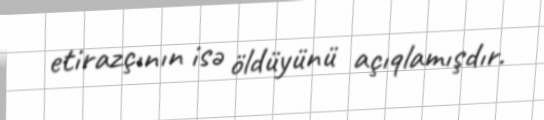
etirazçının isə öldüyünü açıqlamışdır.